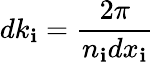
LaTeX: dk_{\mathbf{i}}=\frac{{2\pi}}{{n_{\mathbf{i}}dx_{\mathbf{i}}}}